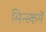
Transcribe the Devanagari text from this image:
मिन्स्कमें